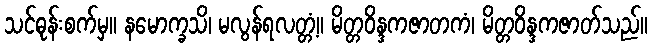
သင်ဓုန်းစက်မှ။ နမောက္ခသိ၊ မလွန်ရလတ္တံ့။ မိတ္တဝိန္ဒကဇာတကံ၊ မိတ္တဝိန္ဒကဇာတ်သည်။